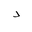
Letter: _dal